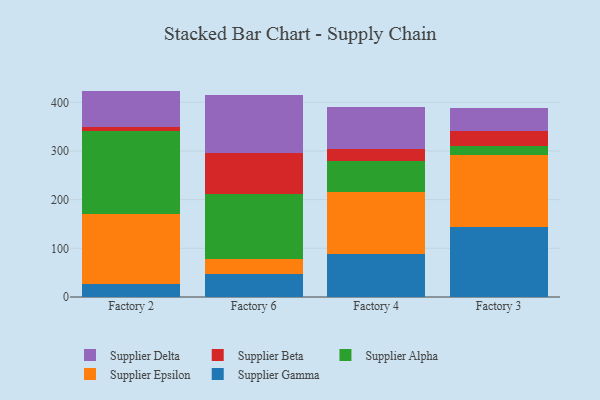
{"axis": {"x": "Factory", "y": "Waste Production (Tons)"}, "legend": ["Supplier Alpha", "Supplier Beta", "Supplier Delta", "Supplier Epsilon", "Supplier Gamma"], "data": [{"x": "Factory 2", "y": 26.5, "type": "Supplier Gamma"}, {"x": "Factory 2", "y": 143.9, "type": "Supplier Epsilon"}, {"x": "Factory 2", "y": 170.7, "type": "Supplier Alpha"}, {"x": "Factory 2", "y": 8.4, "type": "Supplier Beta"}, {"x": "Factory 2", "y": 74.1, "type": "Supplier Delta"}, {"x": "Factory 6", "y": 46.3, "type": "Supplier Gamma"}, {"x": "Factory 6", "y": 30.9, "type": "Supplier Epsilon"}, {"x": "Factory 6", "y": 134.6, "type": "Supplier Alpha"}, {"x": "Factory 6", "y": 83.6, "type": "Supplier Beta"}, {"x": "Factory 6", "y": 119.8, "type": "Supplier Delta"}, {"x": "Factory 4", "y": 88.9, "type": "Supplier Gamma"}, {"x": "Factory 4", "y": 125.9, "type": "Supplier Epsilon"}, {"x": "Factory 4", "y": 63.7, "type": "Supplier Alpha"}, {"x": "Factory 4", "y": 24.8, "type": "Supplier Beta"}, {"x": "Factory 4", "y": 86.6, "type": "Supplier Delta"}, {"x": "Factory 3", "y": 144.5, "type": "Supplier Gamma"}, {"x": "Factory 3", "y": 148.2, "type": "Supplier Epsilon"}, {"x": "Factory 3", "y": 17.0, "type": "Supplier Alpha"}, {"x": "Factory 3", "y": 31.3, "type": "Supplier Beta"}, {"x": "Factory 3", "y": 47.2, "type": "Supplier Delta"}]}